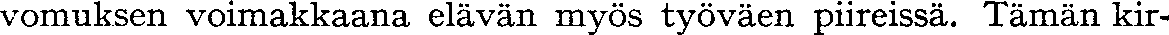
vomuksen voimakkaana elävän myös työväen piireissä. Tämän kir-